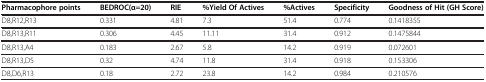
<table><thead><tr><td><b>Pharmacophore points</b></td><td><b>BEDROC(α=20)</b></td><td><b>RIE</b></td><td><b>%Yield Of Actives</b></td><td><b>%Actives</b></td><td><b>Specificity</b></td><td><b>Goodness of Hit(GH Score)</b></td></tr></thead><tbody><tr><td>D8,R12,R13</td><td>0.331</td><td>4.81</td><td>7.3</td><td>51.4</td><td>0.774</td><td>0.1418355</td></tr><tr><td>D8,R13,R11</td><td>0.306</td><td>4.45</td><td>11.11</td><td>31.4</td><td>0.912</td><td>0.1475844</td></tr><tr><td>D8,R13,A4</td><td>0.183</td><td>2.67</td><td>5.8</td><td>14.2</td><td>0.919</td><td>0.072601</td></tr><tr><td>D8,R13,D5</td><td>0.32</td><td>4.74</td><td>11.8</td><td>31.4</td><td>0.918</td><td>0.153306</td></tr><tr><td>D8,D6,R13</td><td>0.18</td><td>2.72</td><td>23.8</td><td>14.2</td><td>0.984</td><td>0.210576</td></tr></tbody></table>